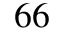
^ { 6 6 }